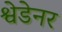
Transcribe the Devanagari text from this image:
श्वेडेनर